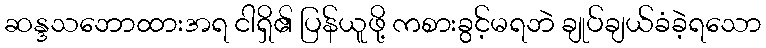
ဆန္ဒသဘောထားအရ ငါရှိ၏ ပြန်ယူဖို့ ကစားခွင့်မရဘဲ ချုပ်ချယ်ခံခဲ့ရသော